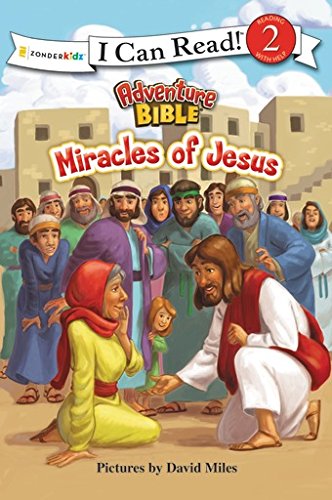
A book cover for Miracles of Jesus (I Can Read! / Adventure Bible); Christian Books & Bibles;